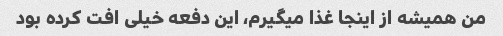
من همیشه از اینجا غذا میگیرم، این دفعه خیلی افت کرده بود